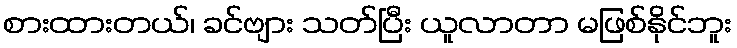
စားထားတယ်၊ ခင်ဗျား သတ်ပြီး ယူလာတာ မဖြစ်နိုင်ဘူး